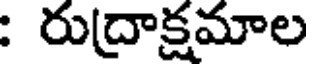
: రుద్రాక్షమాల